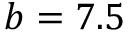
b = 7 . 5